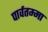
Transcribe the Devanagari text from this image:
पार्वतम्मा